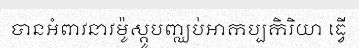
បានអំពាវនាវម៉ូស្គូបញ្ឈប់អាកប្បកិរិយា ធ្វើ